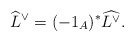
\begin{align*}\widehat{L}^{\vee}=(-1_A)^*\widehat{L^{\vee}}.\end{align*}